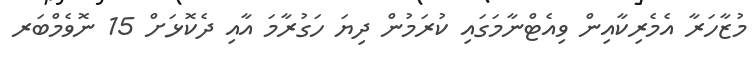
މުޒާހަރާ އެމެރިކާއިން ވިއެޓްނާމަގައި ކުރަމުން ދިޔަ ހަގުރާމަ އާއި ދެކޮޅަށް 15 ނޮވެމްބަރ